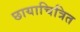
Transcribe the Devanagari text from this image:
छायाचित्रित